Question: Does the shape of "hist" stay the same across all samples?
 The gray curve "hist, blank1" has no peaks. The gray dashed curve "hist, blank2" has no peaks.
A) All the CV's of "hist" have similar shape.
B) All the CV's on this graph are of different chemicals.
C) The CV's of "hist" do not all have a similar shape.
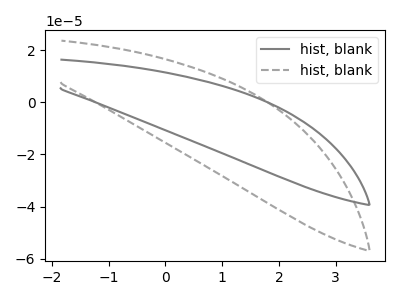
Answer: <think>Neither "hist, blank1" or "hist, blank2" have any peaks.
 </think>
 <answer>A) All the CV's of "hist" have similar shape.</answer>
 <eval>A</eval>